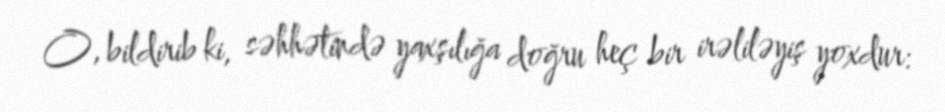
O, bildirib ki, səhhətində yaxşılığa doğru heç bir irəliləyiş yoxdur: